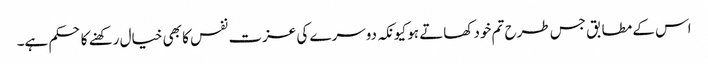
اس کے مطابق جس طرح تم خود کھاتے ہو کیونکہ دوسرے کی عزت نفس کا بھی خیال رکھنے کا حکم ہے۔